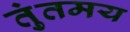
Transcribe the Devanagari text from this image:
तुंतमय